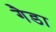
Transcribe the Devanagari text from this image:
गैडा